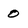
Character: 0